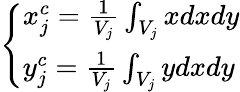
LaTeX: \left\{ \begin{array}{l}{{x_{j}^{c}=\frac{1}{V_{j}}\int_{V_{j}}xdxdy}}\\ {{y_{j}^{c}=\frac{1}{V_{j}}\int_{V_{j}}ydxdy}}\end{array}\right.